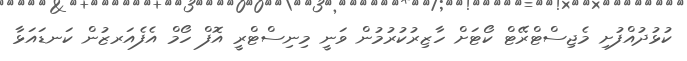
ކުޅުދުއްފުށި މެޖިސްޓްރޭޓް ކޯޓަށް ހާޒިރުކުރުމުން ވަނީ މިނިސްޓްރީ އޮފް ހޯމް އެފެއަރޒުން ކަނޑައަޅާ